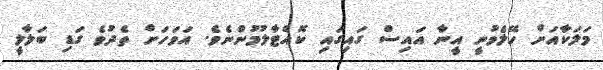
މަލަކާއަށް ހޭލެވުނީ އީނާ އައިސް ގައިގައި ކޮއްޓާލުމުންނެވެ. އަވަހަށް ތެދުވެ ގަޑި ބަލާލީ